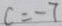
c = - 7